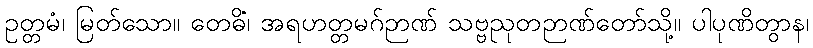
ဥတ္တမံ၊ မြတ်သော။ တေဓိံ၊ အရဟတ္တမဂ်ဉာဏ် သဗ္ဗညုတဉာဏ်တော်သို့။ ပါပုဏိတွာန၊